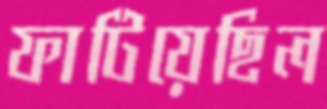
ফাটিয়েছিল